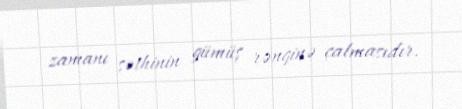
zamanı səthinin gümüş rənginə çalmasıdır.